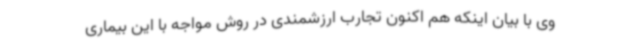
وی با بیان اینکه هم اکنون تجارب ارزشمندی در روش مواجه با این بیماری